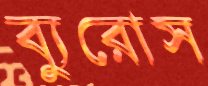
ব্যুরোস